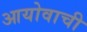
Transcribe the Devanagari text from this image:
आयोवाची